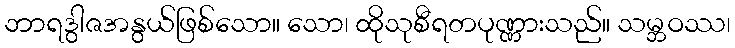
ဘာရဒွါဇအနွယ်ဖြစ်သော။ သော၊ ထိုသုစီရတပုဏ္ဏားသည်။ သမ္ဘဝဿ၊